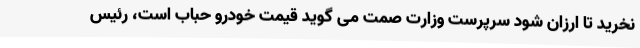
نخرید تا ارزان شود سرپرست وزارت صمت می گوید قیمت خودرو حباب است، رئیس